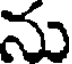
ను